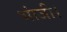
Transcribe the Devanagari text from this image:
भांजी।